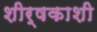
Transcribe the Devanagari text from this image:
शीर्षकाशी